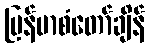
မြန်မာစံတော်ချိန်